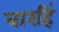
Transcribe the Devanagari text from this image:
बारहिं